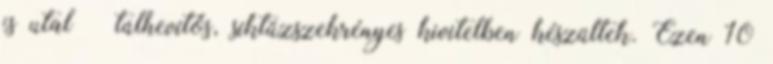
is utal – túlhevítős, síktűzszekrényes kivitelben készültek. Ezen 10